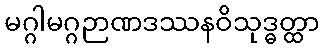
မဂ္ဂါမဂ္ဂဉာဏဒဿနဝိသုဒ္ဓတ္ထာ